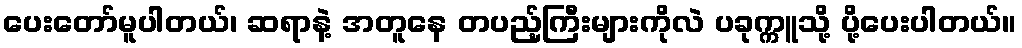
ပေးတော်မူပါတယ်၊ ဆရာနဲ့ အတူနေ တပည့်ကြီးများကိုလဲ ပခုက္ကူသို့ ပို့ပေးပါတယ်။